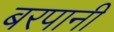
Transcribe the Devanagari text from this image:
बरपानी